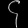
Digit: ၄